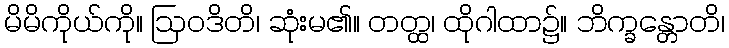
မိမိကိုယ်ကို။ ဩဝဒိတိ၊ ဆုံးမ၏။ တတ္ထ၊ ထိုဂါထာ၌။ ဘိက္ခန္တောတိ၊